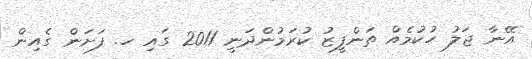
އޭނާ ޖަލު ހުކުމެއް ތަންފީޒު ކުރަމުންދަނީ 2011 ގައި ހ. ފަށަން ގެއިން